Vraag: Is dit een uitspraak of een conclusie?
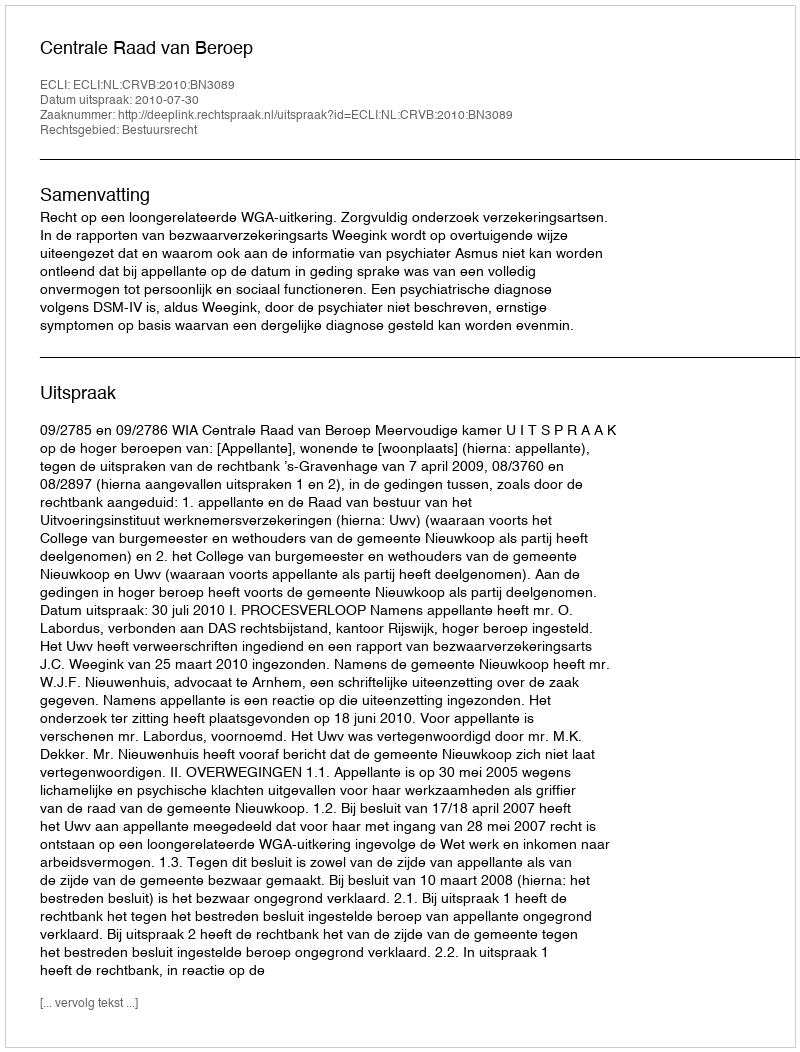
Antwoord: Uitspraak